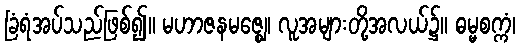
ခြံရံအပ်သည်ဖြစ်၍။ မဟာဇနမဇ္ဈေ၊ လူအများတို့အလယ်၌။ ဓမ္မစက္ကံ၊